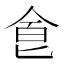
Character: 𠊊